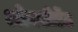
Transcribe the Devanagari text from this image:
ओक्सीडेंट